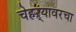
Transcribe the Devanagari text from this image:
चेहऱ्यावरचा